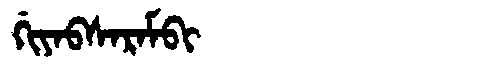
Manchu: ᡤᡳᠶᠠᠪᠰᠠᡵᠠᠮᠪᡳ
Romanization: GIYABSARAMBI